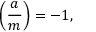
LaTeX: \left( { \frac { a } { m } } \right) = - 1 ,